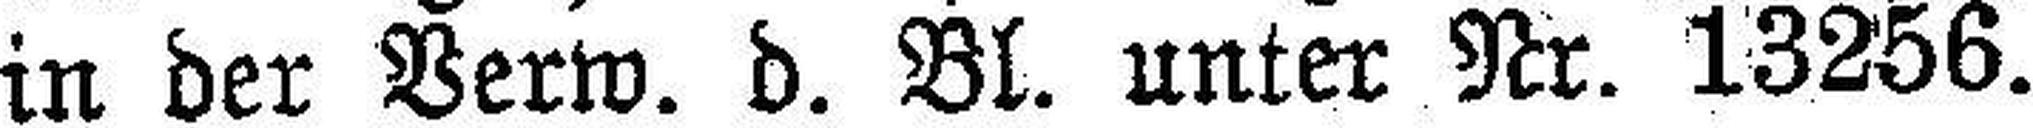
in der Verw. d. Bl. unter Nr. 13256.